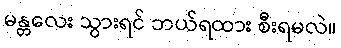
မန္တလေး သွားရင် ဘယ်ရထား စီးရမလဲ။